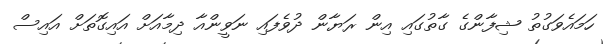
ހަމައެވަގުތު ޝިފާންގެ ގާތުގައި އިން ރަޔާން ދުވެފައި ނަވީންއާ ދިމާއަށް އައިގޮތަށް އައިސް